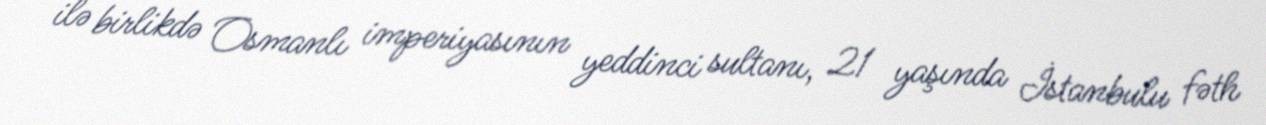
ilə birlikdə Osmanlı imperiyasının yeddinci sultanı, 21 yaşında İstanbulu fəth